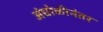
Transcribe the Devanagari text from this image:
अंघोळीनंतर